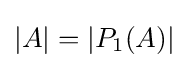
|A|=|P_{1}(A)|